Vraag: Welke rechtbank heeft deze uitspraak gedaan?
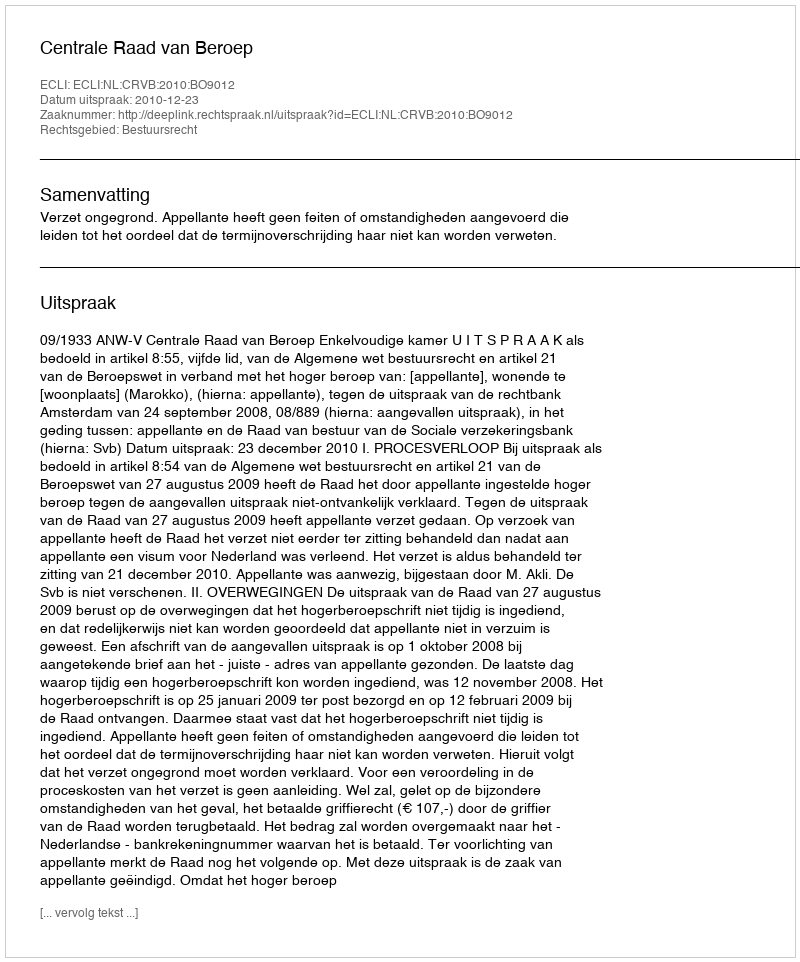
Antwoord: Centrale Raad van Beroep